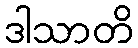
ဒါသာတိ